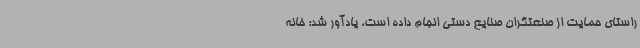
راستای حمایت از صنعتگران صنایع دستی انجام داده است، یادآور شد: خانه